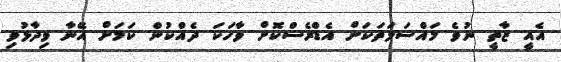
އެއީ ޒާތީ ނުވެ މައްސަލަތަކަށް އެޑްރެސްކޮށް ވާހަކަ ދެއްކުން ކަމަށް އޭނާ ވިދާޅުވި